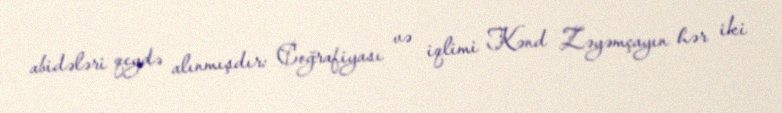
abidələri qeydə alınmışdır: Coğrafiyası və iqlimi Kənd Zəyəmçayın hər iki